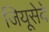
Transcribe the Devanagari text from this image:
जियूसेवे